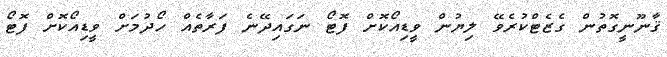
ޤާނޫނީގޮތުން ގެޒެޓްކުރެވޭ ލިޔުން ވީޑިއޯކޮށް ފޮޓޯ ނަގައިދޭނެ ފަރާތެއް ހޯދުމަށް ވީޑިއޯކޮށް ފޮޓޯ